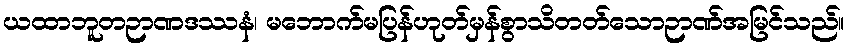
ယထာဘူတဉာဏဒဿနံ၊ မဘောက်မပြန်ဟုတ်မှန်စွာသိတတ်သောဉာဏ်အမြင်သည်။